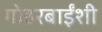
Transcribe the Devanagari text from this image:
गोहरबाईंशी